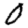
Digit: 0